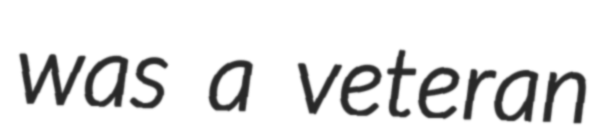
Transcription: was a veteran